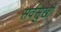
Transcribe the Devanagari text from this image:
सर्वसुखीं